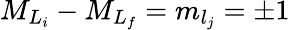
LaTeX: {M}_{{L}_{i}}-{M}_{{L}_{f}}={m}_{l_{j}}=\pm 1